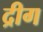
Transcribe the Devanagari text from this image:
द्रीग